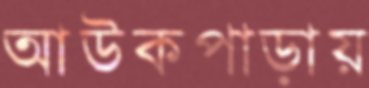
আউকপাড়ায়